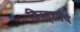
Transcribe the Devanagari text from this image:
हिरड्यांचे